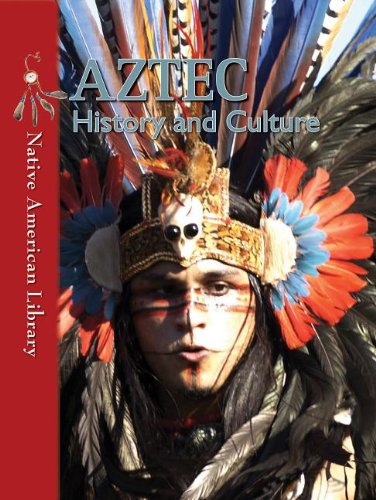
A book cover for Aztec History and Culture (Native American Library); Helen Dwyer; Children's Books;